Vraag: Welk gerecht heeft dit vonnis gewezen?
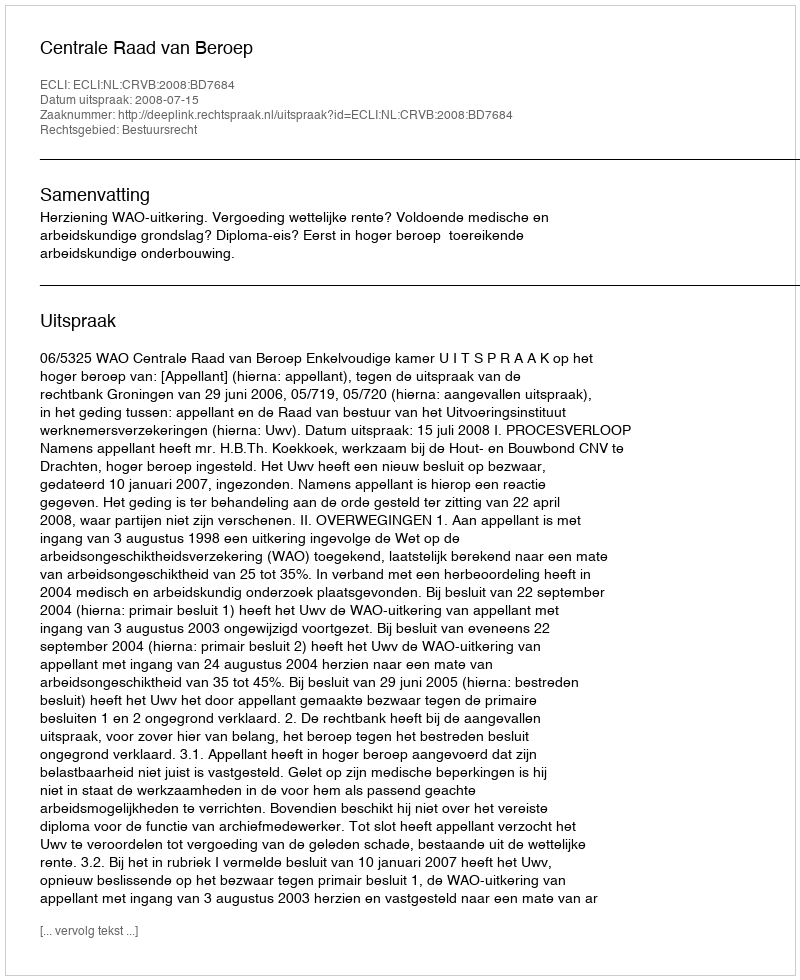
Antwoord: Centrale Raad van Beroep